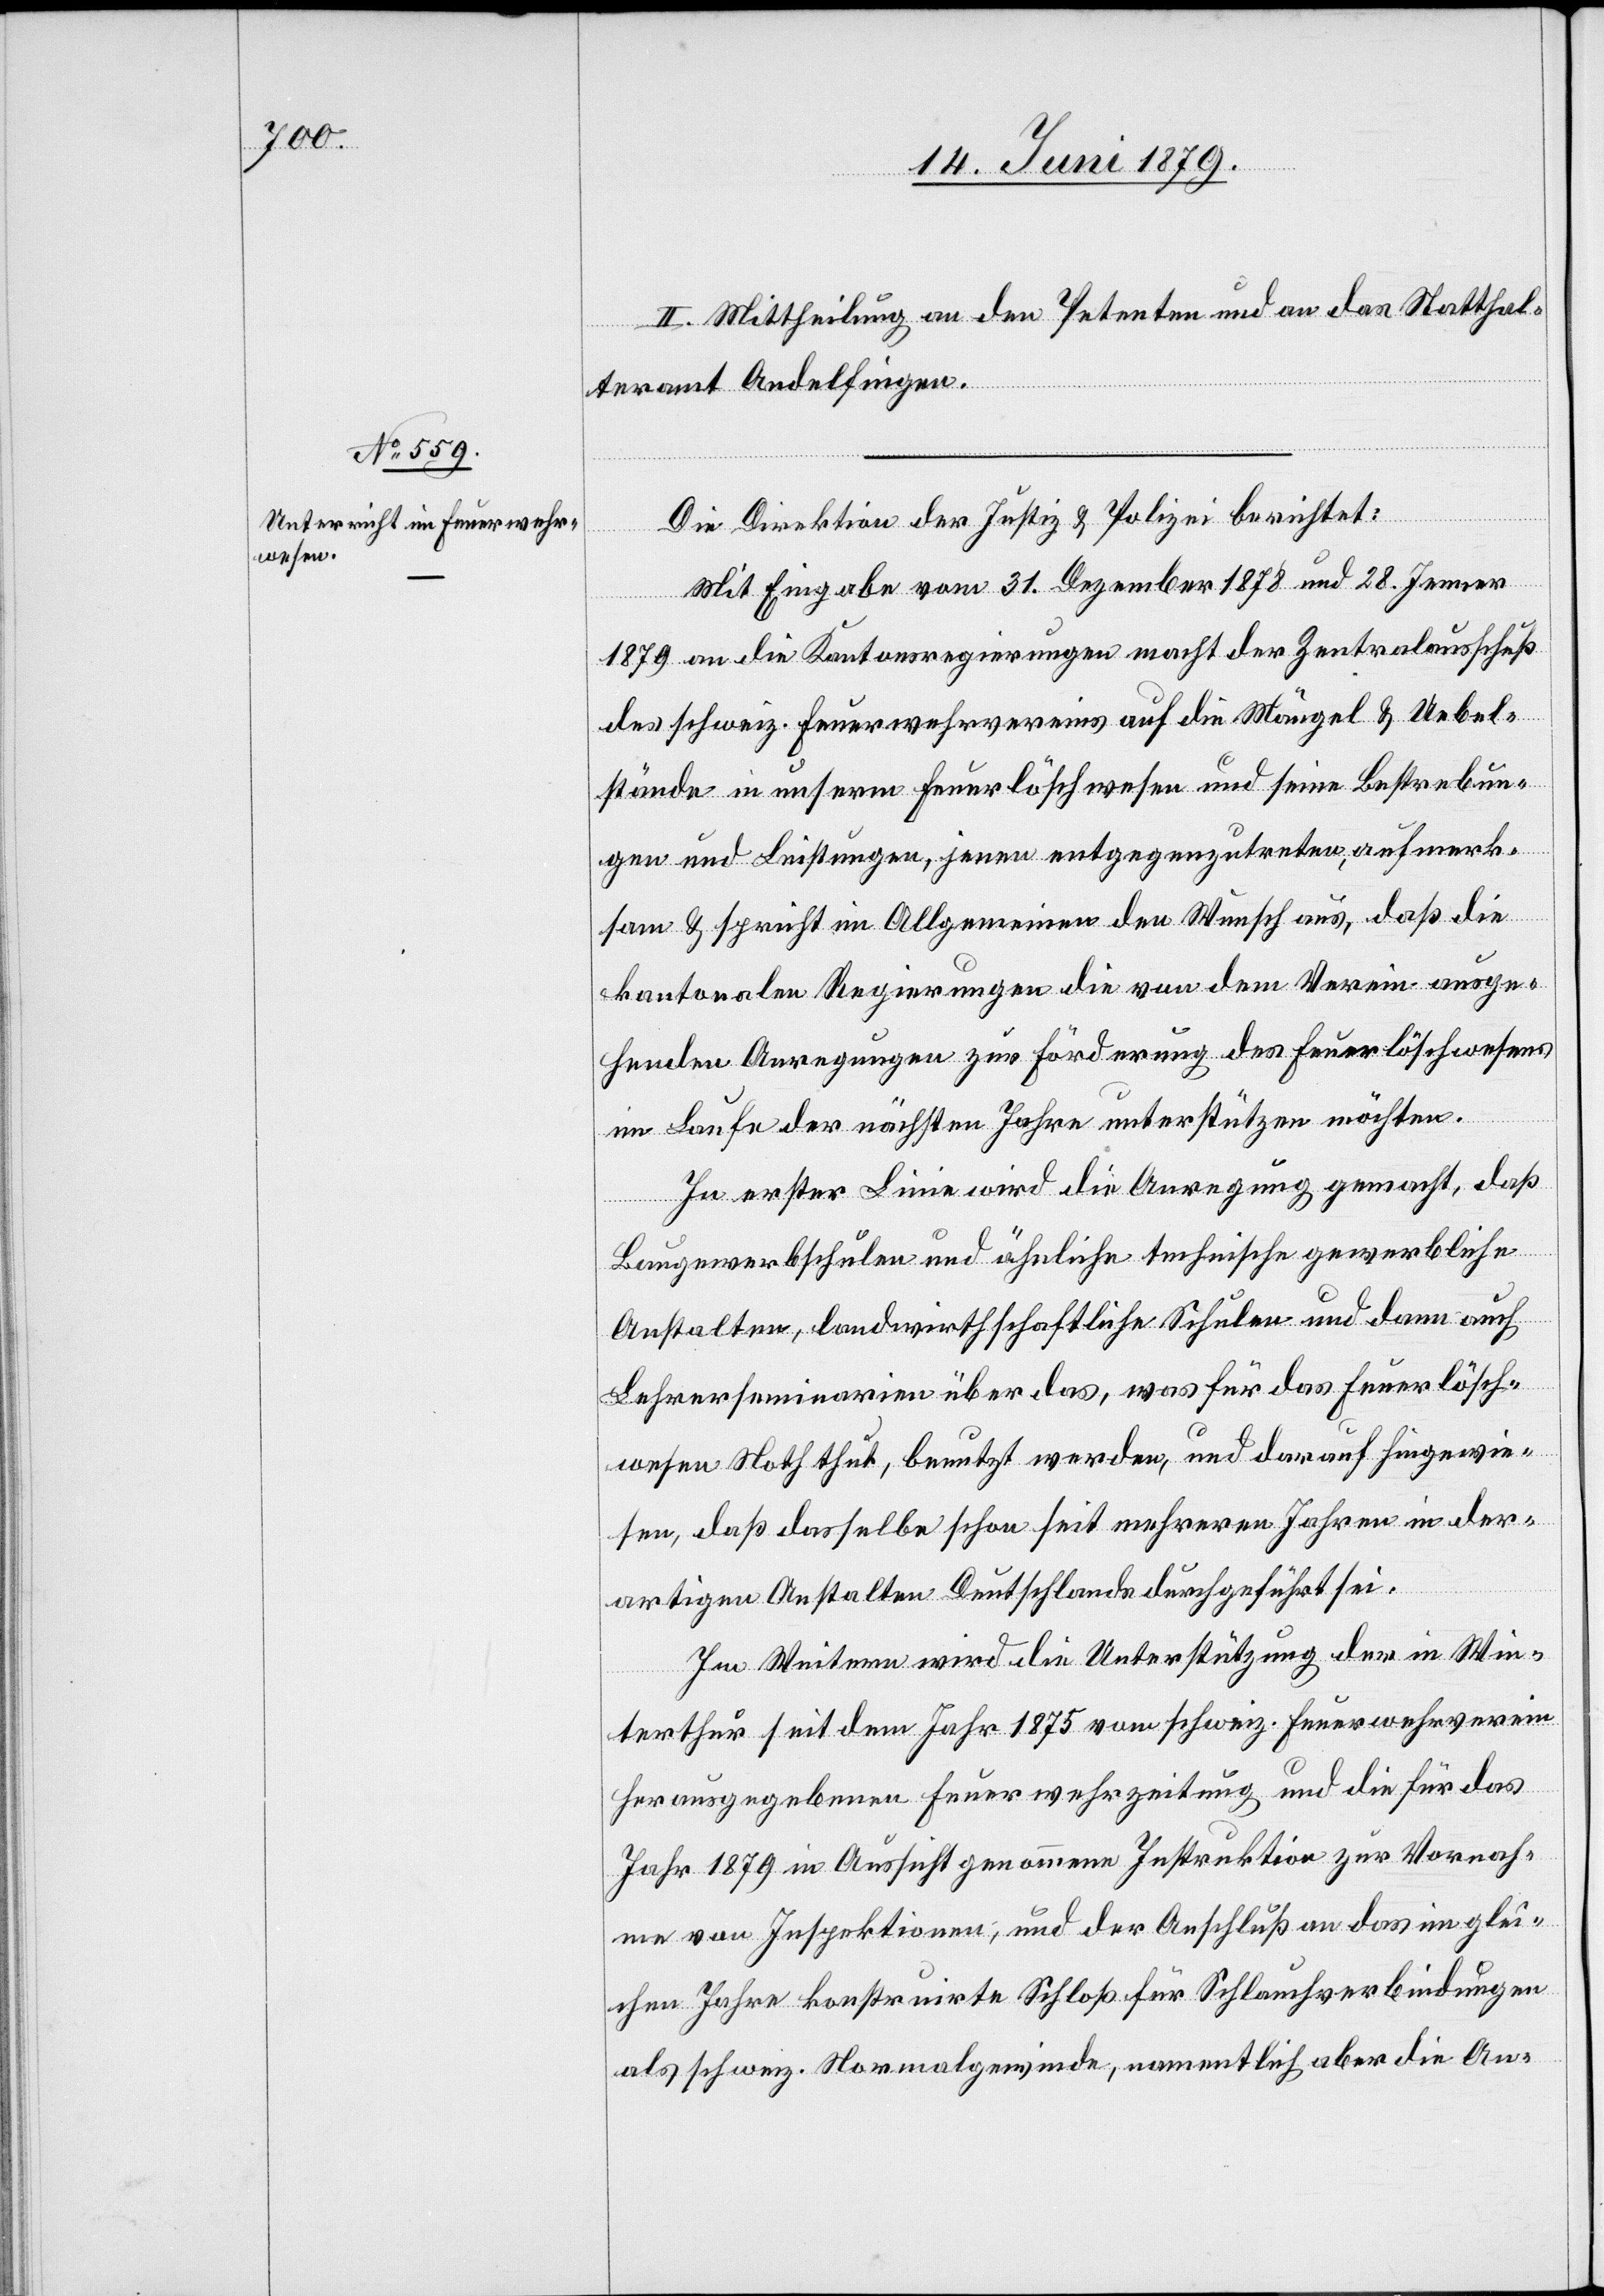
II. Mittheilung an den Petenten und an das Statthal¬
teramt Andelfingen.
Die Direktion der Justiz & Polizei berichtet:
Mit Eingabe vom 31. Dezember 1878 und 28. Jenner
1879 an die Kantonsregierungen macht der Zentralausschuß
des schweiz. Feuerwehrvereins auf die Mängel & Uebel¬
stände in unserm Feuerlöschwesen und seine Bestrebun¬
gen und Leistungen, jenen entgegenzutreten, aufmerk¬
sam & spricht im Allgemeinen den Wunsch aus, daß die
kantonalen Regierungen die von dem Verein ausge¬
henden Anregungen zur Förderung des Feuerlöschwesens
im Laufe der nächsten Jahre unterstützen möchten.
In erster Linie wird die Anregung gemacht, daß
Baugewerbschulen und ähnliche technische gewerbliche
Anstalten, landwirthschaftliche Schulen und dann auch
Lehrerseminarien über das, was für das Feuerlösch¬
wesen Noth thut, benutzt werden, und darauf hingewie¬
sen, daß dasselbe schon seit mehreren Jahren in der¬
artigen Anstalten Deutschlandes durchgeführt sei.
Im Weitern wird die Unterstützung der in Win¬
terthur seit dem Jahr 1875 vom schweiz. Feuerwehrverein
herausgegebenen Feuerwehrzeitung und die für das
Jahr 1879 in Aussicht genommene Instruktion zur Vornah¬
me von Inspektionen, und der Anschluß an das im glei¬
chen Jahre konstruirte Schloß für Schlauchverbindungen
als schweiz. Normalgewinde, namentlich aber die An-